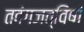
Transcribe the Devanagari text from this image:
तदंगजत्विषां